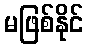
မဖြစ်နိုင်